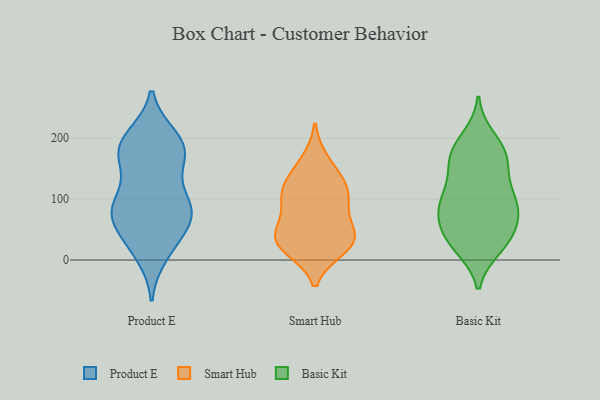
{"axis": {"x": "Page Views", "y": "Value"}, "legend": ["Basic Kit", "Product E", "Smart Hub"], "data": [{"x": "", "y": 189, "type": "Product E"}, {"x": "", "y": 26, "type": "Product E"}, {"x": "", "y": 152, "type": "Product E"}, {"x": "", "y": 90, "type": "Product E"}, {"x": "", "y": 193, "type": "Product E"}, {"x": "", "y": 200, "type": "Product E"}, {"x": "", "y": 83, "type": "Product E"}, {"x": "", "y": 174, "type": "Product E"}, {"x": "", "y": 36, "type": "Product E"}, {"x": "", "y": 86, "type": "Product E"}, {"x": "", "y": 88, "type": "Product E"}, {"x": "", "y": 67, "type": "Product E"}, {"x": "", "y": 10, "type": "Product E"}, {"x": "", "y": 88, "type": "Product E"}, {"x": "", "y": 72, "type": "Product E"}, {"x": "", "y": 172, "type": "Product E"}, {"x": "", "y": 180, "type": "Product E"}, {"x": "", "y": 137, "type": "Smart Hub"}, {"x": "", "y": 20, "type": "Smart Hub"}, {"x": "", "y": 43, "type": "Smart Hub"}, {"x": "", "y": 102, "type": "Smart Hub"}, {"x": "", "y": 28, "type": "Smart Hub"}, {"x": "", "y": 115, "type": "Smart Hub"}, {"x": "", "y": 161, "type": "Smart Hub"}, {"x": "", "y": 91, "type": "Smart Hub"}, {"x": "", "y": 50, "type": "Smart Hub"}, {"x": "", "y": 30, "type": "Smart Hub"}, {"x": "", "y": 110, "type": "Smart Hub"}, {"x": "", "y": 32, "type": "Smart Hub"}, {"x": "", "y": 90, "type": "Basic Kit"}, {"x": "", "y": 111, "type": "Basic Kit"}, {"x": "", "y": 21, "type": "Basic Kit"}, {"x": "", "y": 160, "type": "Basic Kit"}, {"x": "", "y": 76, "type": "Basic Kit"}, {"x": "", "y": 171, "type": "Basic Kit"}, {"x": "", "y": 135, "type": "Basic Kit"}, {"x": "", "y": 174, "type": "Basic Kit"}, {"x": "", "y": 98, "type": "Basic Kit"}, {"x": "", "y": 186, "type": "Basic Kit"}, {"x": "", "y": 200, "type": "Basic Kit"}, {"x": "", "y": 24, "type": "Basic Kit"}, {"x": "", "y": 28, "type": "Basic Kit"}, {"x": "", "y": 160, "type": "Basic Kit"}, {"x": "", "y": 70, "type": "Basic Kit"}, {"x": "", "y": 94, "type": "Basic Kit"}, {"x": "", "y": 93, "type": "Basic Kit"}, {"x": "", "y": 62, "type": "Basic Kit"}, {"x": "", "y": 43, "type": "Basic Kit"}, {"x": "", "y": 36, "type": "Basic Kit"}]}